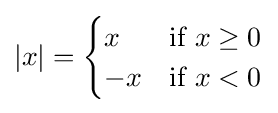
\textstyle |x|={\begin{cases}x&{\text{if }}x\geq 0\\-x&{\text{if }}x<0\end{cases}}